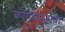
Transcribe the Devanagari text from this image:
कोंक्विस्ताता